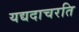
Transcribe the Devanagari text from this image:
यद्यदाचरति